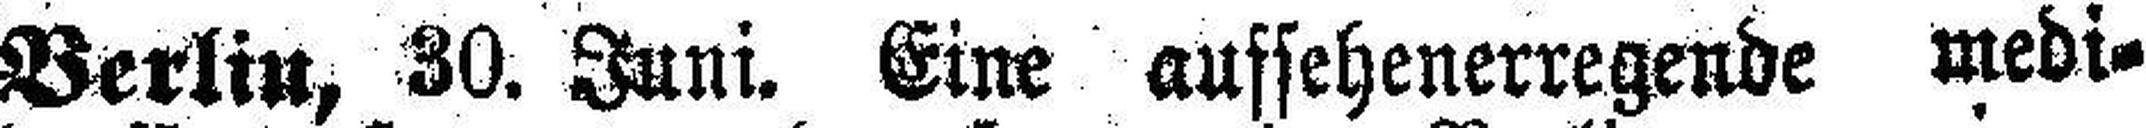
Berlin, 30. Juni. Eine aufsehenerregende medi¬